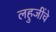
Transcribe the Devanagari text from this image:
लहुजींचे